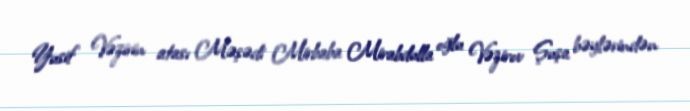
Yusif Vəzirin atası Məşədi Mirbaba Mirabdulla oğlu Vəzirov Şuşa bəylərindən